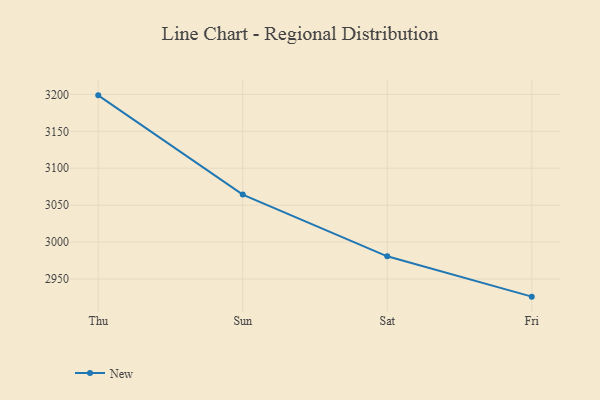
{"axis": {"x": "Day", "y": "Page Views"}, "legend": ["New"], "data": [{"x": "Thu", "y": 3198.7, "type": "New"}, {"x": "Sun", "y": 3064.4, "type": "New"}, {"x": "Sat", "y": 2980.8, "type": "New"}, {"x": "Fri", "y": 2926.2, "type": "New"}]}